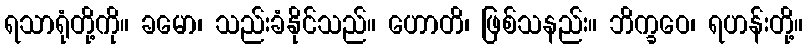
ရသာရုံတို့ကို။ ခမော၊ သည်းခံနိုင်သည်။ ဟောတိ၊ ဖြစ်သနည်း။ ဘိက္ခဝေ၊ ရဟန်းတို့။